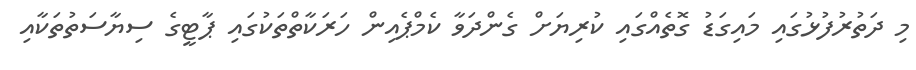
މި ދަތުރުފުޅުގައި މައިގަޑު ގޮތެއްގައި ކުރިޔަށް ގެންދަވާ ކެމްޕެއިން ހަރަކާތްތަކުގައި ޕާޓީގެ ސިޔާސަތުތަކާއި